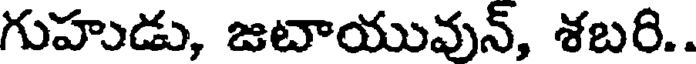
గుహుడు, జబాయువున్, శబరి..